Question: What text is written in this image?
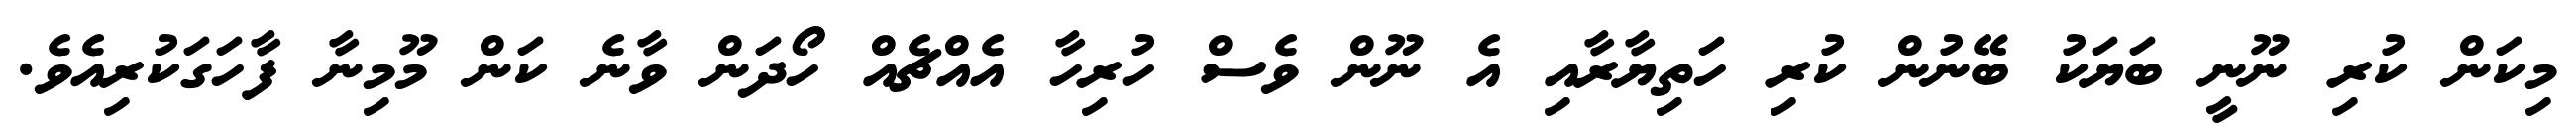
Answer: މިކަން ކުރި ނޫނީ ބަޔަކު ބޭނުން ކުރި ހަތިޔާރާއި އެ ނޫން ވެސް ހުރިހާ އެއްޗެއް ހޯދަން ވާނެ ކަން މޫމިނާ ފާހަގަކުރިއެވެ.